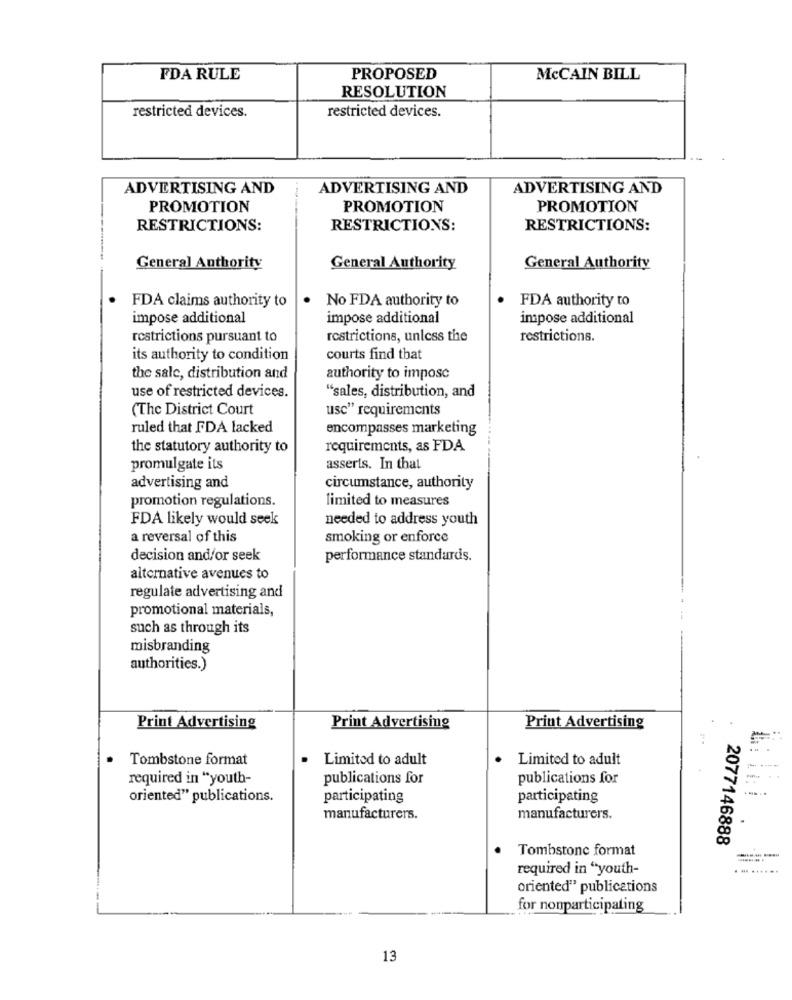
FDA RULE
PROPOSED
MCCAIN BILL
RESOLUTION
restricted devices.
restricted devices.
ADVERTISING AND
ADVERTISING AND
ADVERTISING AND
PROMOTION
PROMOTION
PROMOTION
RESTRICTIONS:
RESTRICTIONS:
RESTRICTIONS:
General Authority
General Authority
General Authority
No FDA authority to
FDA authority to
FDA claims authority to
impose additional
impose additional
impose additional
restrictions pursuant to
restrictions, unless the
restrictions.
its authority to condition
courts find that
the sale, distribution and
authority to impose
use of restricted devices.
"sales, distribution, and
(The District Court
usc" requirements
ruled that FDA lacked
encompasses marketing
the statutory authority to
requirements, as FDA
promulgate its
asserts. In that
advertising and
circumstance, authority
promotion regulations.
limited to measures
FDA likely would seek
needed to address youth
a reversal of this
smoking or enforce
decision and/or seek
performance standards.
alternative avenues to
regulate advertising and
promotional materials,
such as through its
misbranding
authorities.)
Print Advertising
Print Advertising
Print Advertising
Tombstone format
· Limited to adult
Limited to adult
required in "youth-
publications for
publications for
oriented" publications.
participating
participating
manufacturers.
manufacturers.
2077146888
Tombstone format
required in "youth-
oriented" publications
for nonparticipating
13